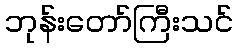
ဘုန်းတော်ကြီးသင်